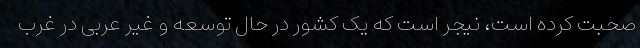
صحبت کرده است، نیجر است که یک کشور در حال توسعه و غیر عربی در غرب